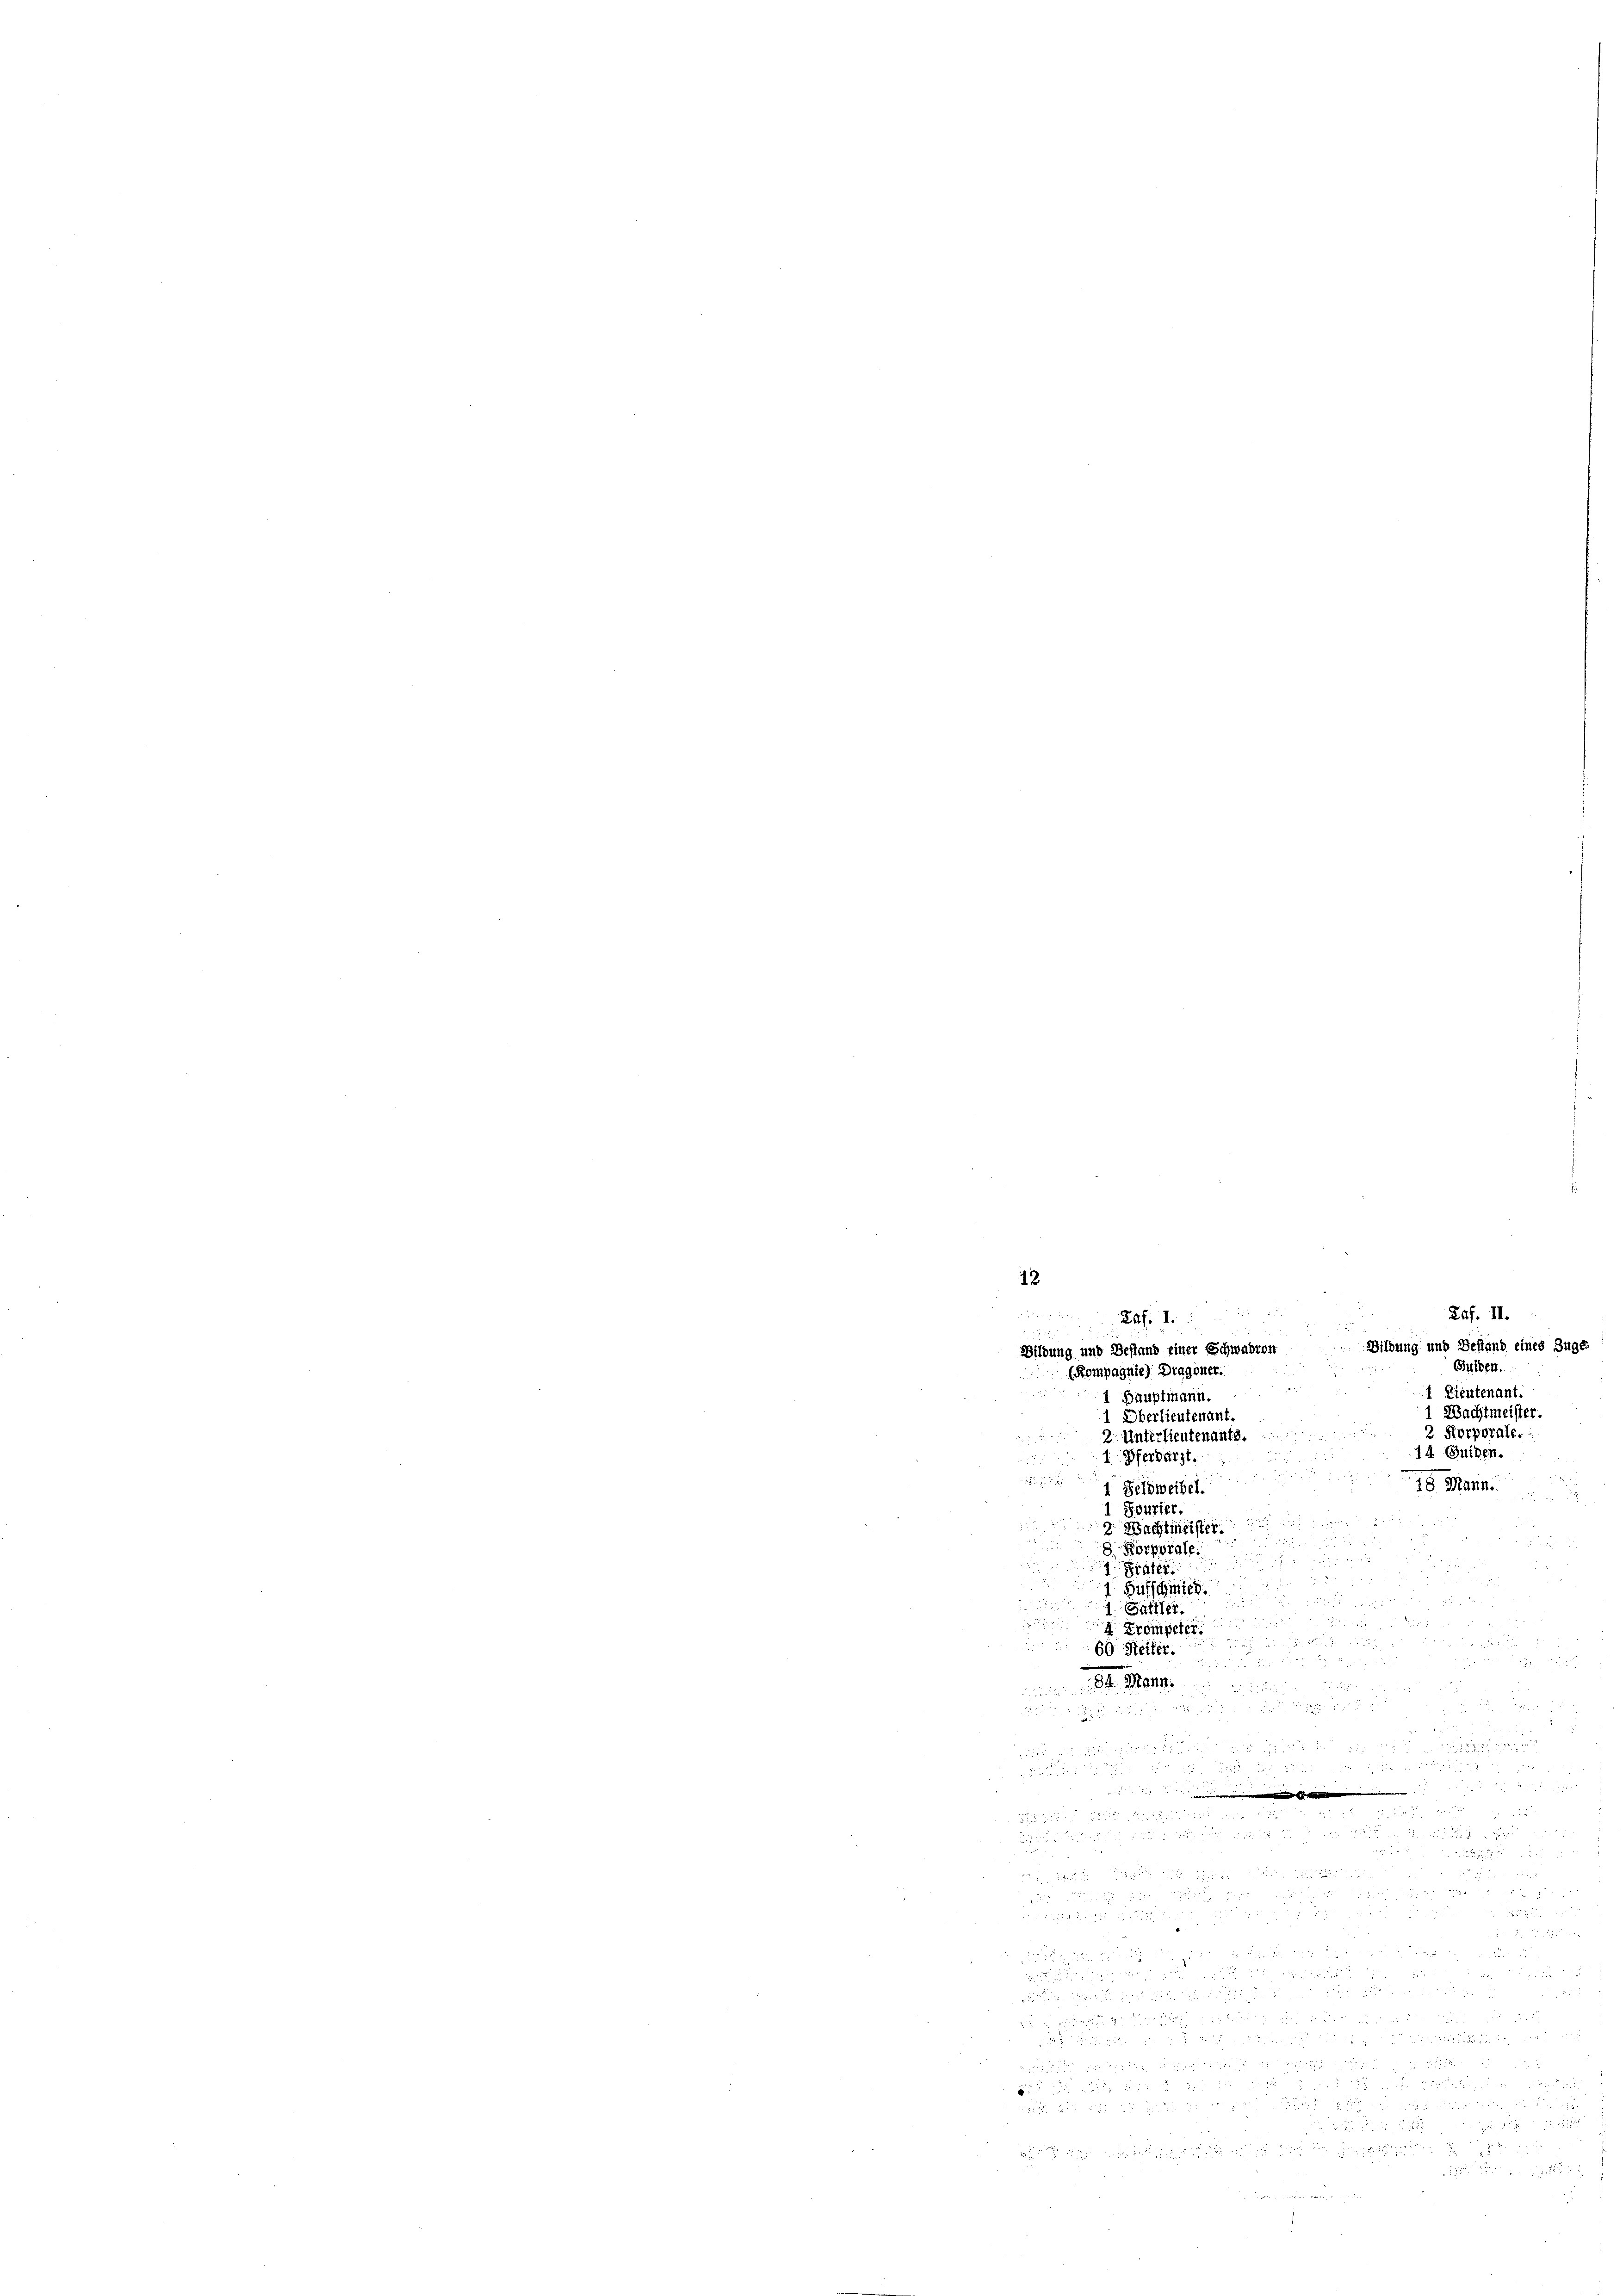
12

2

Ras. S.
(Kompagnie) Dragoner.
1 Hauptmann.
1 Oberlieutenant.
Unterlieutenants.
1. Pferdarzt.
1. Feldweibel.
1 Pourier.
Wachtmeister.
.
Korporale.

g
 Hufschwie
d
1 Sattler.

Trompeter.
60. Reifer.

34. Man

ildung und Bestand einer Schwadron Bildung und Bestand eines Zugs

Raf. II.
Suiden.
1 Lieutenant.
Wachtmeister.
2 Korporate.
14 Guiden.
18. Mann.

e

2

¬

5

 f 8 x
1

5
x

8
5

är
.

 n e g wegen, u werden
d